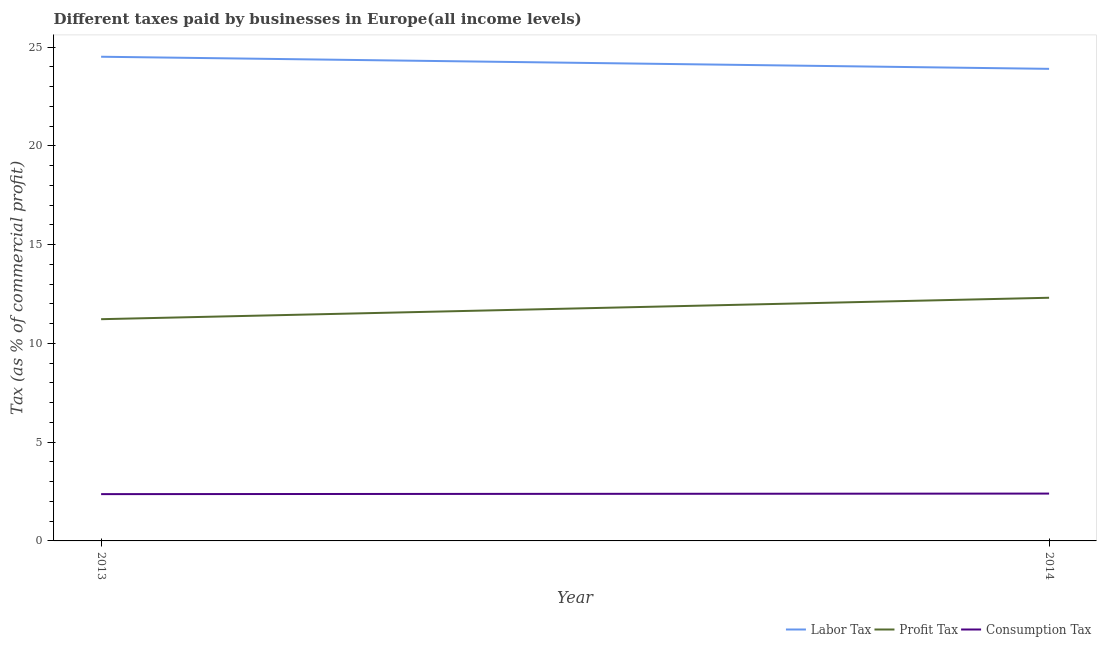
| Year | Labor Tax | Profit Tax | Consumption Tax |
 | --- | --- | --- | --- |
 | 2013 | 24.5 | 11.2 | 2.37 |
 | 2014 | 23.9 | 12.3 | 2.4 |